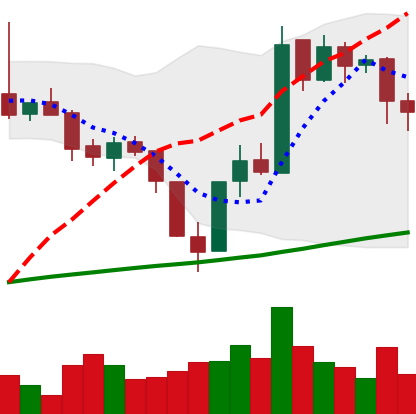
Ticker: BTC-USD
Chart end date: 2017-07-26
Forward return: 13.675%
Label: up_7plus